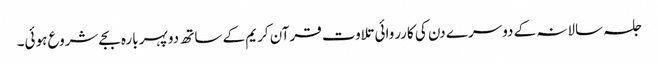
جلسہ سالانہ کے دوسرے دن کی کارروائی تلاوت قرآن کریم کے ساتھ دوپہر بارہ بجےشروع ہوئی۔